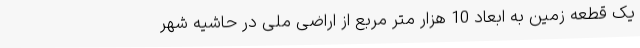
یک قطعه زمین به ابعاد 10 هزار متر مربع از اراضی ملی در حاشیه شهر